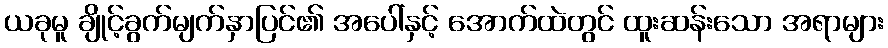
ယခုမူ ချိုင့်ခွက်မျက်နှာပြင်၏ အပေါ်နှင့် အောက်ထဲတွင် ထူးဆန်းသော အရာများ